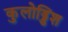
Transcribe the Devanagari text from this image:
कुलोड्डिश